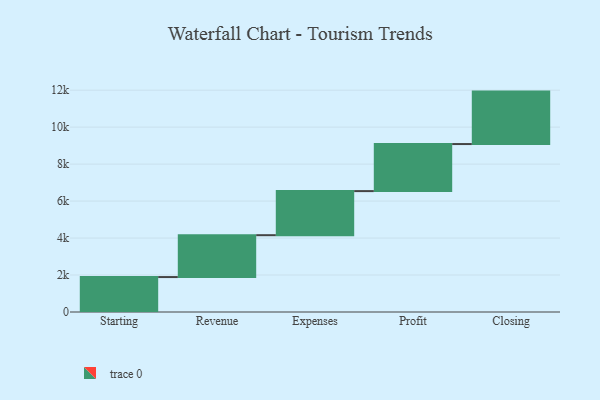
{"axis": {"x": "Step", "y": "Value"}, "legend": [""], "data": [{"x": "Starting", "y": 1890.0, "type": ""}, {"x": "Revenue", "y": 2265.0, "type": ""}, {"x": "Expenses", "y": 2385.0, "type": ""}, {"x": "Profit", "y": 2545.0, "type": ""}, {"x": "Closing", "y": 2837.0, "type": ""}]}